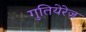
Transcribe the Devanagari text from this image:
गुतियेरेज़